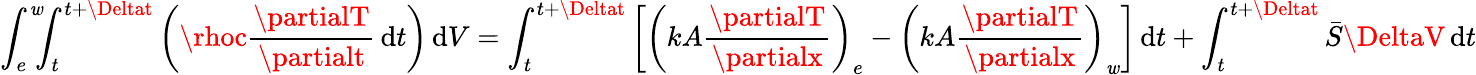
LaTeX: \int_{e}^{\mathit{w}}\! \! \! \int_{t}^{t+\Deltat}\left(\rhoc{\frac{{\partialT}}{{\partialt}}}\, \mathrm{{d}}t\right)\, \mathrm{{d}}V=\int_{t}^{t+\Deltat}\left[\left(kA{\frac{{\partialT}}{{\partialx}}}\right)_{e}-\left(kA{\frac{{\partialT}}{{\partialx}}}\right)_{\mathit{w}}\right]\, \mathrm{{d}}t+\int_{t}^{t+\Deltat}{\bar{{S}}}\DeltaV\, \mathrm{{d}}t